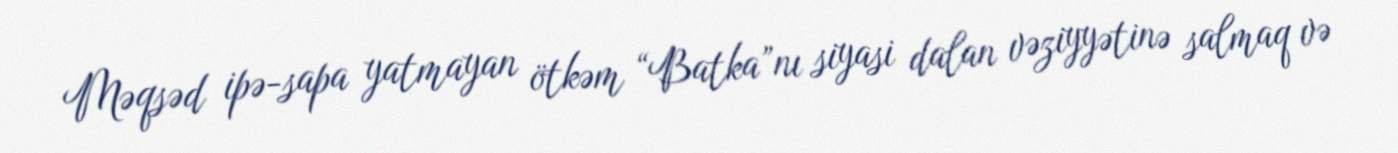
Məqsəd ipə-sapa yatmayan ötkəm “Batka”nı siyasi dalan vəziyyətinə salmaq və